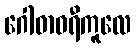
ဂေါဓာဝရီကူလေ